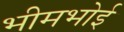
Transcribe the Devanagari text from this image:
भीमभोई